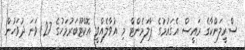
ސްރީލަންކާގެ ރައީސް އެގައުމުގެ ޕާލަމެންޓް މި އުވާލެއްވީ އޮކްޓޫބަރުމަހުގެ 27 ވަނަ ދުވަހުން